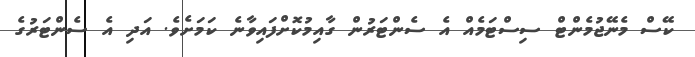
ކޭސް މެނޭޖުމެންޓް ސިސްޓަމެއް އެ ސެންޓަރުން ގާއިމުކޮށްފައިވާނެ ކަމަށެވެ. އަދި އެ ސެންޓަރުގެ